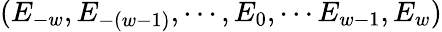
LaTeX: (E_{-w},E_{-(w-1)},\cdots,E_{0},\cdots E_{w-1},E_{w})